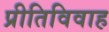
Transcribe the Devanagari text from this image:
प्रीतिविवाह